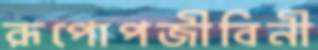
রূপোপজীবিনী